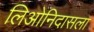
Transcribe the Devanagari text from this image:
लिओनिदासला